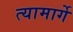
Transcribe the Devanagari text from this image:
त्यामार्गे